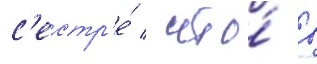
с'естр'е́ / что́ в